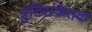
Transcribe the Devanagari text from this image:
त्रुटिसंकेतक